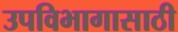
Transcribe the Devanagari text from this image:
उपविभागासाठी